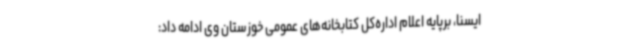
ایسنا، برپایه اعلام اداره‌کل کتابخانه‌های عمومی خوزستان وی ادامه داد: